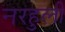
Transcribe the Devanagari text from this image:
नरहुली